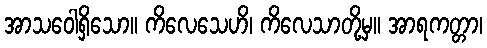
အာသဝေါရှိသော။ ကိလေသေဟိ၊ ကိလေသာတို့မှ။ အာရကတ္တာ၊